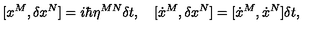
[ x ^ { M } , \delta x ^ { N } ] = i \hbar \eta ^ { M N } \delta t , \quad [ \dot { x } ^ { M } , \delta x ^ { N } ] = [ \dot { x } ^ { M } , \dot { x } ^ { N } ] \delta t ,